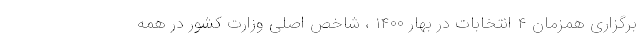
برگزاری همزمان ۴ انتخابات در بهار ۱۴۰۰ ، شاخص اصلی وزارت کشور در همه